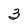
Character: 3